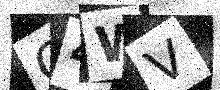
Text: C4WV